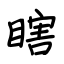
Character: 瞎